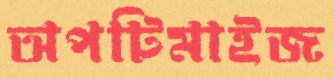
অপটিমাইজ